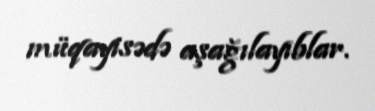
müqayisədə aşağılayıblar.